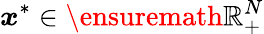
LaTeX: {\boldsymbol x}^{*}\in\ensuremath{\mathbb{R}}_{+}^{N}